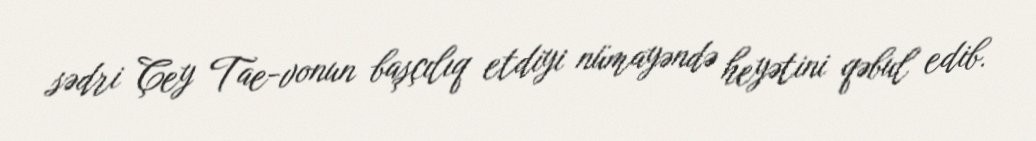
sədri Çey Tae-vonun başçılıq etdiyi nümayəndə heyətini qəbul edib.